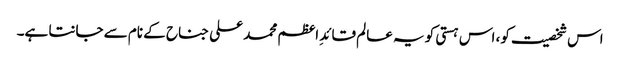
اس شخصیت کو، اس ہستی کو یہ عالم قائدِ اعظم محمد علی جناح کے نام سے جانتا ہے۔